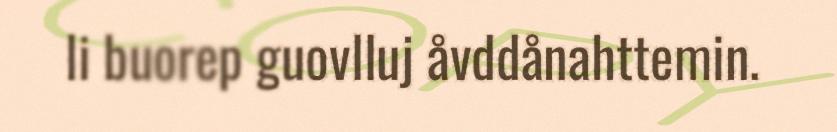
li buorep guovlluj åvddånahttemin.